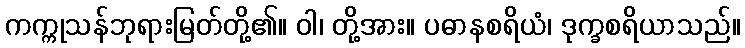
ကက္ကုသန်ဘုရားမြတ်တို့၏။ ဝါ၊ တို့အား။ ပဓာနစရိယံ၊ ဒုက္ခစရိယာသည်။